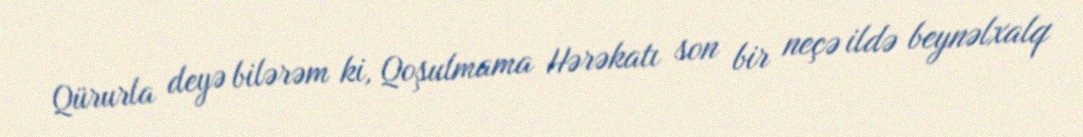
Qürurla deyə bilərəm ki, Qoşulmama Hərəkatı son bir neçə ildə beynəlxalq